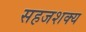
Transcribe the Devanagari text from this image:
सहजशक्‍य